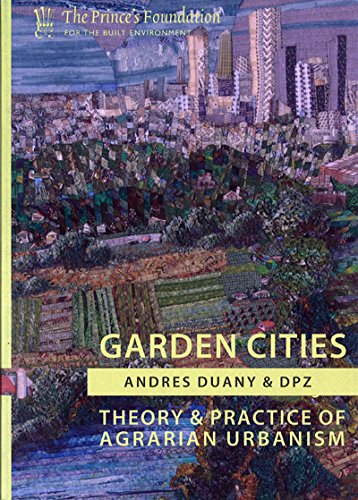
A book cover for Garden Cities: Theory & Practice of Agrarian Urbanism; Andres Duany; Business & Money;